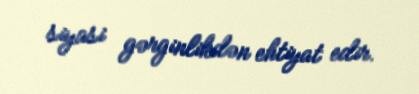
siyasi gərginlikdən ehtiyat edir.